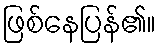
ဖြစ်နေပြန်၏။